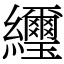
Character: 䌳